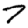
Digit: 7